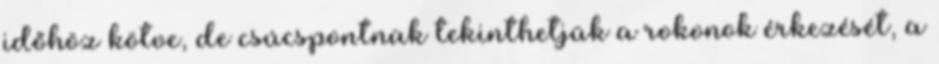
időhöz kötve, de csúcspontnak tekinthetjük a rokonok érkezését, a